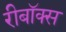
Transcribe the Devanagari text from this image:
रीबॉक्स